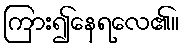
ကြား၍နေရလေ၏။